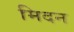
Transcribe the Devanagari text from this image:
मिदन